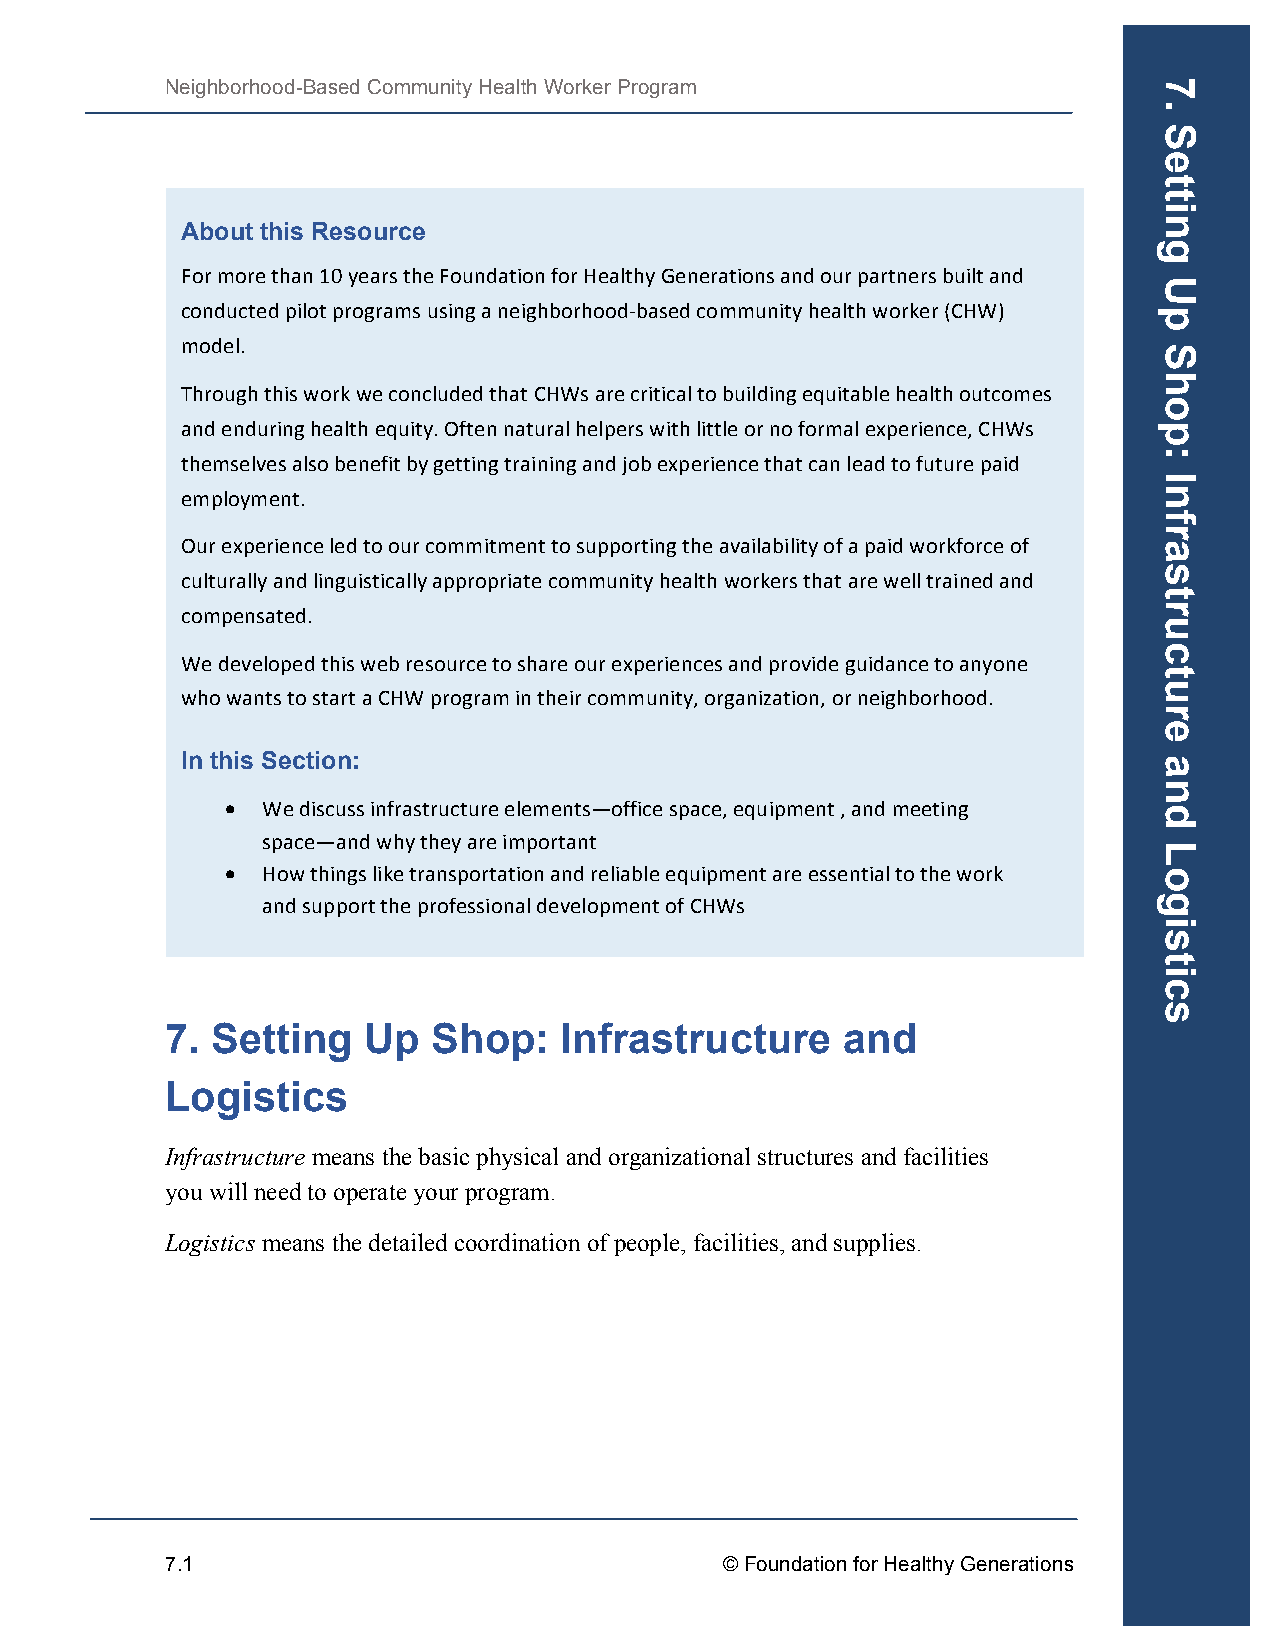
Neighborhood-Based Community Health Worker Program
 About this Resource
 For more than 10 years the Foundation for Healthy Generations and our partners built and
 conducted pilot programs using a neighborhood-­‐based community health worker (CHW)
 model.
 Through this work we concluded that CHWs are critical to building equitable health outcomes
 and enduring health equity. Often natural helpers with little or no formal experience, CHWs
 themselves also benefit by getting training and job experience that can lead to future paid
 employment.
 Our experience led to our commitment to supporting the availability of a paid workforce of
 culturally and linguistically appropriate community health workers that are well trained and
 compensated.
 We developed this web resource to share our experiences and provide guidance to anyone
 who wants to start a CHW program in their community, organization, or neighborhood.
 In this Section:
 • We discuss infrastructure elements—office space, equipment , and meeting
 space—and why they are important
 • How things like transportation and reliable equipment are essential to the work
 and support the professional development of CHWs
 7. Setting   Up   Shop:   Infrastructure     and
 Logistics
 Infrastructure means the basic physical and organizational structures and facilities
 you will need to operate your program.
 Logistics means the detailed coordination of people, facilities, and supplies.
 7.1                                  © Foundation for Healthy Generations
 7.
 Setting
 Up
 Shop:
 Infrastructure
 and
 Logistics